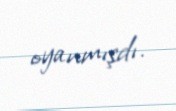
oyanmışdı.